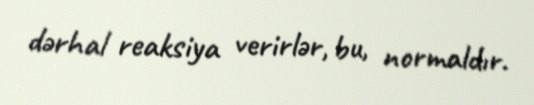
dərhal reaksiya verirlər, bu, normaldır.